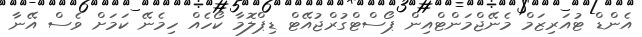
އެންޑް ޓުއަރިޒަމް މެނޭޖްމަންޓްއިން ޕޯސްޓްގުރްޖުއޭޓް ޑިޕްލޮމާ ކޯހެއް ހިމެނޭ ކަމަށް ވެސް އޭނާ